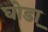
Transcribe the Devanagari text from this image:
घोडा़